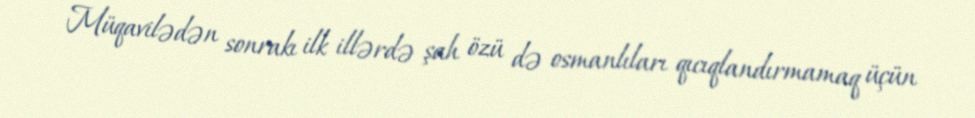
Müqavilədən sonrakı ilk illərdə şah özü də osmanlıları qıcıqlandırmamaq üçün